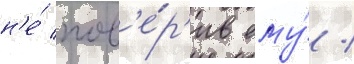
н'е́ пов'е́р'ив ему́ /